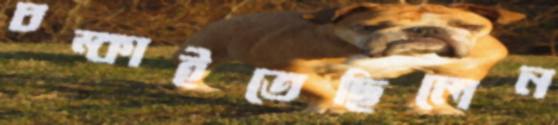
চম্‌কাইতেছিলেন